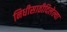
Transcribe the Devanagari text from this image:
निधीसाठीदिलेल्या